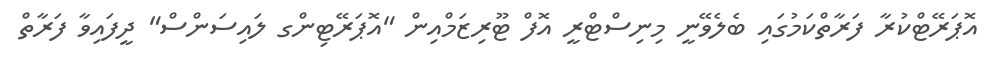
އޮޕަރޭޓްކުރާ ފަރާތްކަމުގައި ބެލެވޭނީ މިނިސްޓްރީ އޮފް ޓޫރިޒަމްއިން "އޮޕަރޭޓިންގ ލައިސަންސް" ދީފައިވާ ފަރާތް